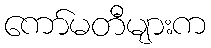
ကော်မတီများက